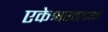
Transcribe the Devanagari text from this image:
एकेश्वरवादथा